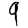
Digit: 9